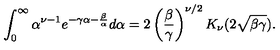
\int _ { 0 } ^ { \infty } \alpha ^ { \nu - 1 } e ^ { - \gamma \alpha - \frac { \beta } { \alpha } } d \alpha = 2 \left( \frac { \beta } { \gamma } \right) ^ { \nu / 2 } K _ { \nu } ( 2 \sqrt { \beta \gamma } ) .